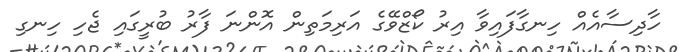
ހާދިސާއެއް ހިނގާފައިވާ އިރު ކޯޒްވޭގެ އަރިމަތިން އޮންނަ ފާރު ބުރީގައި ޖެހި ހިނގި